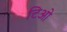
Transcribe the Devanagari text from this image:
टिओ